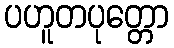
ပဟူတပုတ္တော